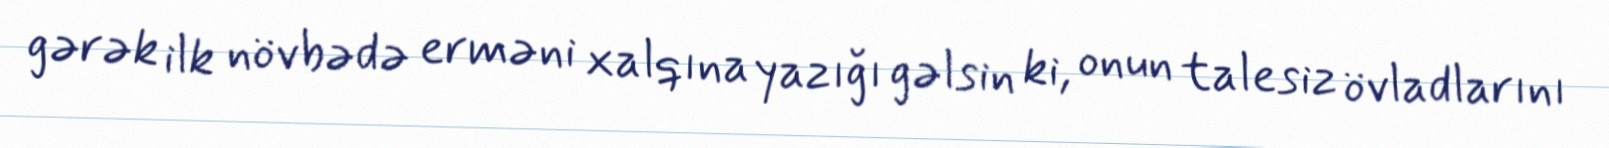
gərək ilk növbədə erməni xalqına yazığı gəlsin ki, onun talesiz övladlarını